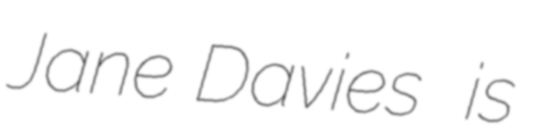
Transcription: Jane Davies  is